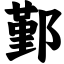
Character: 鄞